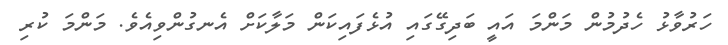
ހަރުވާޅު ހެދުމުން މަންމަ އައީ ބަދިގޭގައި އުޅެފައިކަން މަލާކަށް އެނގުންވިއެވެ. މަންމަ ކުރި